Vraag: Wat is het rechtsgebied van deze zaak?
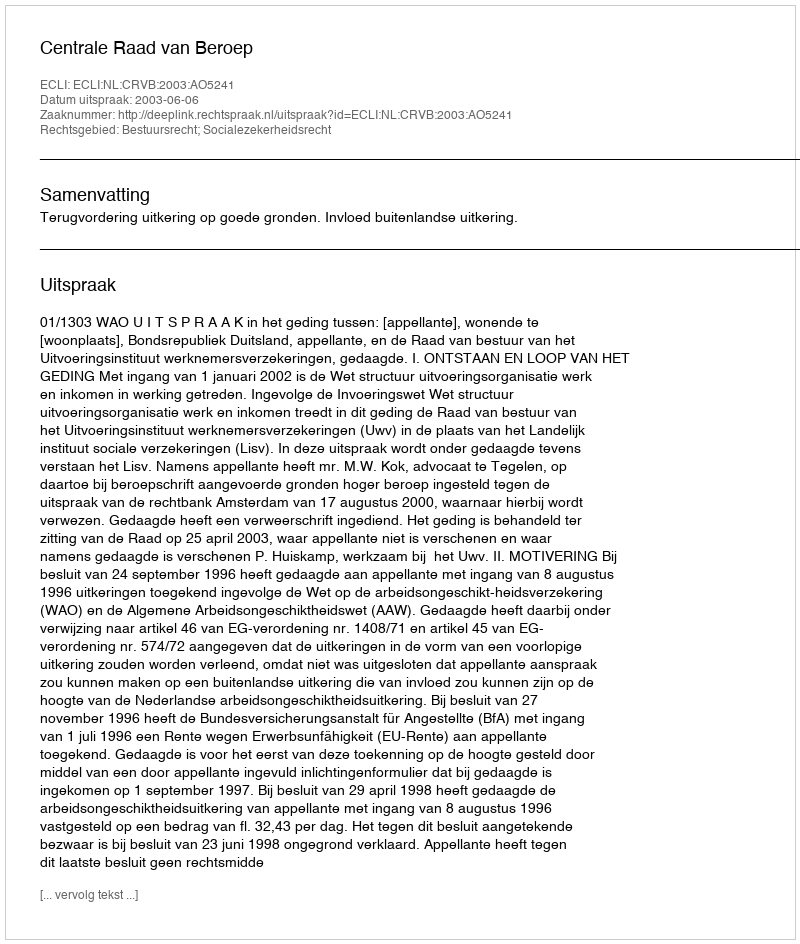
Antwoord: Bestuursrecht; Socialezekerheidsrecht